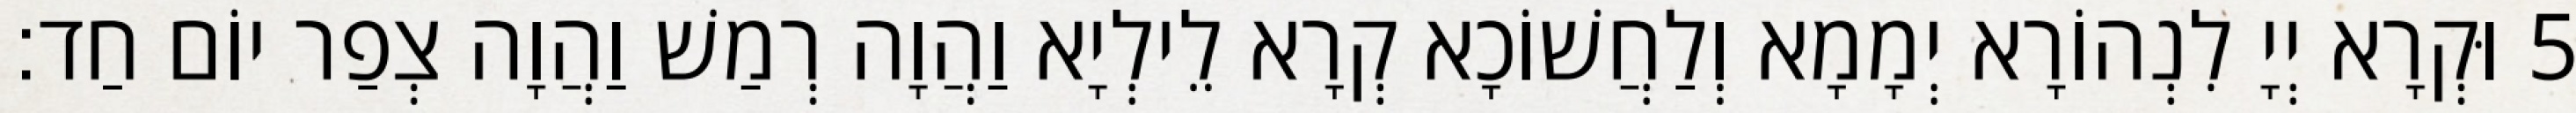
5 וּקְרָא יְיָ לִנְהוֹרָא יְמָמָא וְלַחֲשׁוֹכָא קְרָא לֵילְיָא וַהֲוָה רְמַשׁ וַהֲוָה צְפַר יוֹם חַד׃